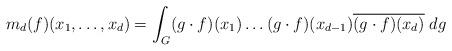
LaTeX: \begin{align*} m_d(f)(x_1, \ldots , x_d) = \int_G (g\cdot f)(x_1) \ldots (g\cdot f)(x_{d-1}) \overline{(g\cdot f)(x_d)}\;dg\end{align*}